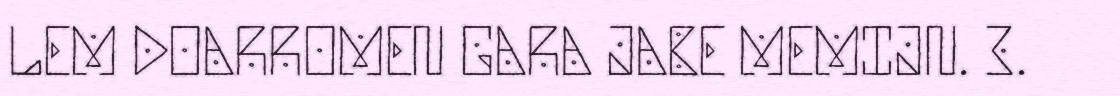
LEM DOARROMEN GARA JABE MEMIJN. 3.